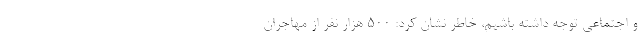
و اجتماعی توجه داشته باشیم، خاطر نشان کرد: ۵۰۰ هزار نفر از مهاجران